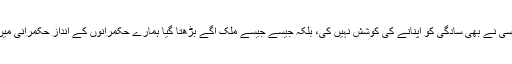
ستم ظریفی یہ ہے کہ ہمارے جتنے بھی حکمران آئے ان میں سے کسی نے بھی سادگی کو اپنانے کی کوشش نہیں کی، بلکہ جیسے جیسے ملک آگے بڑھتا گیا ہمارے حکمرانوں کے اندازِ حکمرانی میں سادگی کے بجائے نمود و نمائش اور تعیشات کا اضافہ ہی ہوتا رہا۔